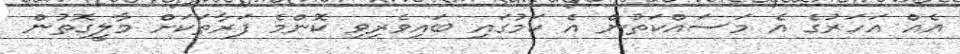
އެއް އަހަރުގެ އެ މަސައްކަތުން އެ ކަމުގައި ބައިވެރިވި ކޮންމެ ފަރާތަކަށް މާލީގޮތުން